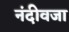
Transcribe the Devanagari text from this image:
नंदीवजा